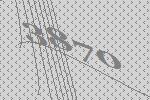
3870